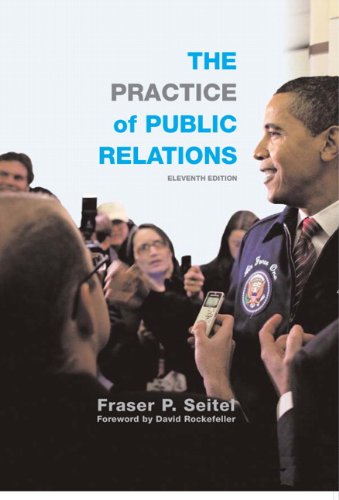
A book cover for The Practice of Public Relations (11th Edition); Fraser P. Seitel; Business & Money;